Insane asylums in Bengal annual reports 1867-1875 - 1867-1875
Year: 1867
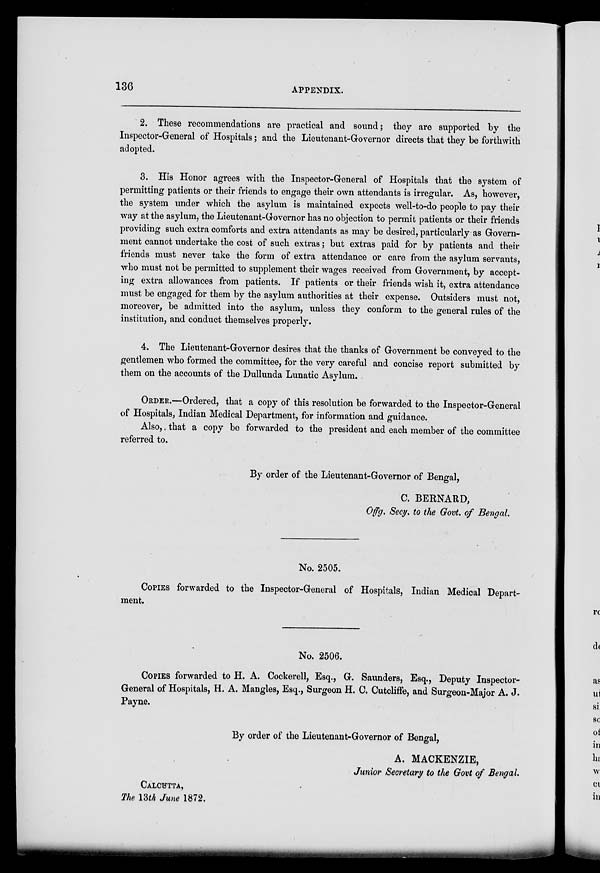
136
APPENDIX.
2. These recommendations are practical and sound; they are supported by the
Inspector-General of Hospitals; and the Lieutenant-Governor directs that they be forthwith
adopted.
3. His Honor agrees with the Inspector-General of Hospitals that the system of
permitting patients or their friends to engage their own attendants is irregular. As, however,
the system under which the asylum is maintained expects well-to-do people to pay their
way at the asylum, the Lieutenant-Governor has no objection to permit patients or their friends
providing such extra comforts and extra attendants as may be desired, particularly as Govern-
ment cannot undertake the cost of such extras; but extras paid for by patients and their
friends must never take the form of extra attendance or care from the asylum servants,
who must not be permitted to supplement their wages received from Government, by accept-
ing extra allowances from patients. If patients or their friends wish it, extra attendance
must be engaged for them by the asylum authorities at their expense. Outsiders must not,
moreover, be admitted into the asylum, unless they conform to the general rules of the
institution, and conduct themselves properly.
4. The Lieutenant-Governor desires that the thanks of Government be conveyed to the
gentlemen who formed the committee, for the very careful and concise report submitted by
them on the accounts of the Dullunda Lunatic Asylum.
ORDER.—Ordered, that a copy of this resolution be forwarded to the Inspector-General
of Hospitals, Indian Medical Department, for information and guidance.
Also,. that a copy be forwarded to the president and each member of the committee
referred to.
By order of the Lieutenant-Governor of Bengal,
C. BERNARD,
Offg. Secy, to the Govt. of Bengal.
No. 2505.
COPIES forwarded to the Inspector-General of Hospitals, Indian Medical Depart-
ment.
No. 2506.
COPIES forwarded to H. A. Cockerell, Esq., G. Saunders, Esq., Deputy Inspector-
General of Hospitals, H. A. Mangles, Esq., Surgeon H. C. Cutcliffe, and Surgeon-Major A. J.
Payne.
By order of the Lieutenant-Governor of Bengal,
A. MACKENZIE,
Junior Secretary to the Govt of Bengal.
CALCUTTA,
The 13th June 1872.